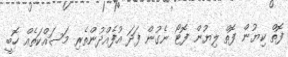
ފޮތް ކިޔުން ފޮތް ލިޔުން ފޮޓޯ ނެގުން ފަދަ އުފެއްދުންތެރި މަސައްކަތެއް ހޮބީ